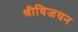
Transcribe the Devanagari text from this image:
श्रीविजयन